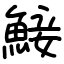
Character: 鯜